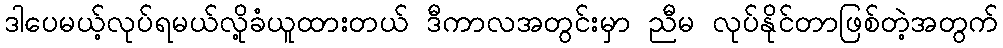
ဒါပေမယ့်လုပ်ရမယ်လို့ခံယူထားတယ် ဒီကာလအတွင်းမှာ ညီမ လုပ်နိုင်တာဖြစ်တဲ့အတွက်